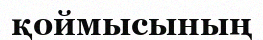
қоймысының